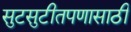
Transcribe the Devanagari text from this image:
सुटसुटीतपणासाठी